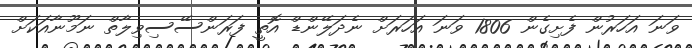
ވަނަ އަހަރުން ފެށިގެން 1806 ވަނަ އަހަރަށް ނެދަލޭންޑް އޮތީ ފަރަންސޭސިވިލާތް ނަމޫނާއަކަށް